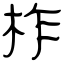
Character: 柞